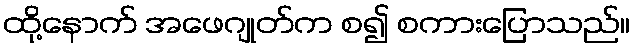
ထို့နောက် အဖေဂျုတ်က စ၍ စကားပြောသည်။